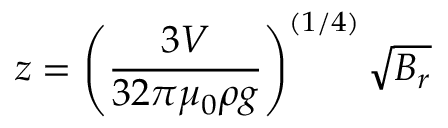
z = \left( \frac { 3 V } { 3 2 \pi \mu _ { 0 } \rho g } \right) ^ { ( 1 / 4 ) } \sqrt { B _ { r } }